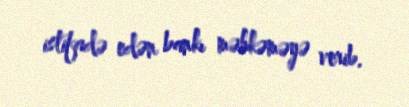
istifadə edən bankı məhkəməyə verib.